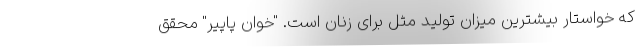
که خواستار بیشترین میزان تولید مثل برای زنان است. "خوان پاپیر" محقق